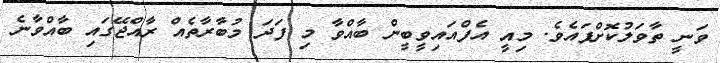
ވަނީ ތާވަލުކޮށްފައެވެ. މިއީ އެފްއައިވީބީން ބާއްވާ މި ފަދަ މުބާރާތެއް ރާއްޖޭގައި ބާއްވާނެ